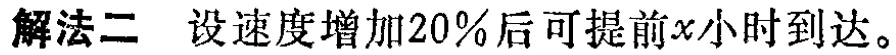
解法二 设速度增加20%后可提前\(x\)小时到达。